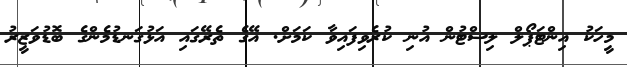
މީހަކު އިންޓަޕޯލް ލިސްޓުން އުނި ކުރެވިފައިވާ ކަމަށް. އޭގެ ތެރޭގައި އަޅުގަނޑުމެންގެ ބޮޑުވަޒީރު